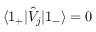
\langle 1 _ { + } | \hat { V } _ { j } | 1 _ { - } \rangle = 0